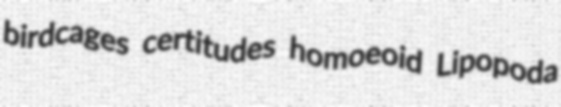
birdcages certitudes homoeoid Lipopoda